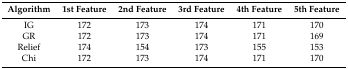
<table><thead><tr><td><b>Algorithm</b></td><td><b>1st Feature</b></td><td><b>2nd Feature</b></td><td><b>3rd Feature</b></td><td><b>4th Feature</b></td><td><b>5th Feature</b></td></tr></thead><tbody><tr><td>IG</td><td>172</td><td>173</td><td>174</td><td>171</td><td>170</td></tr><tr><td>GR</td><td>172</td><td>173</td><td>174</td><td>171</td><td>169</td></tr><tr><td>Relief</td><td>174</td><td>154</td><td>173</td><td>155</td><td>153</td></tr><tr><td>Chi</td><td>172</td><td>173</td><td>174</td><td>171</td><td>170</td></tr></tbody></table>